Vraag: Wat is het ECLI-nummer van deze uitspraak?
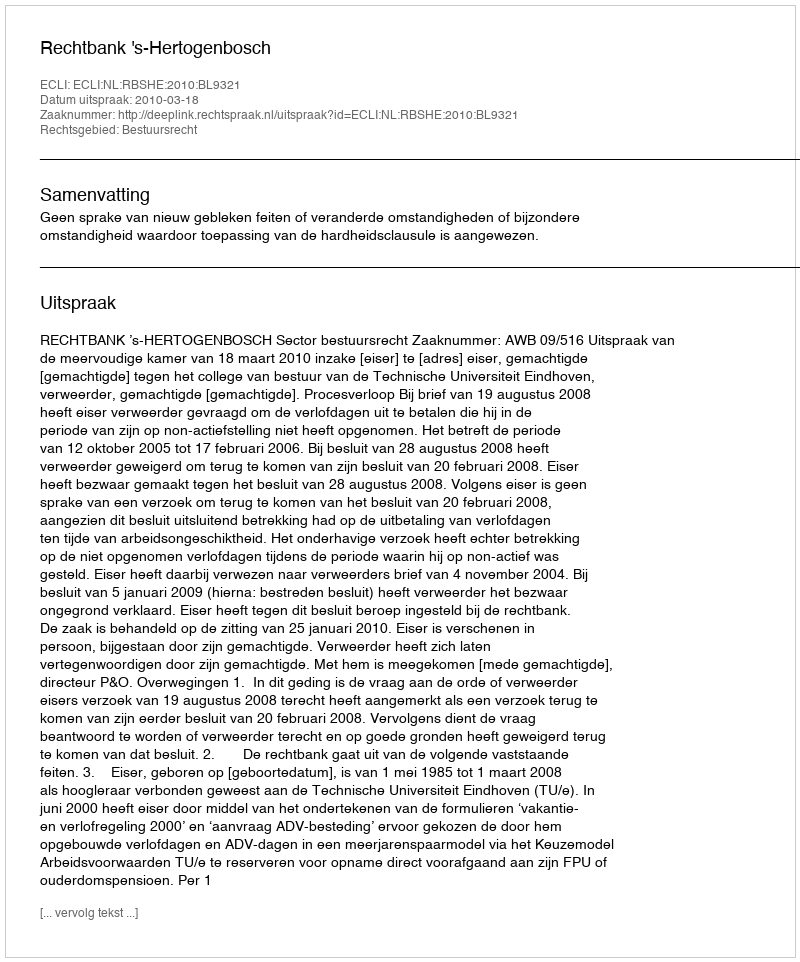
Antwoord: ECLI:NL:RBSHE:2010:BL9321